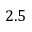
2 . 5